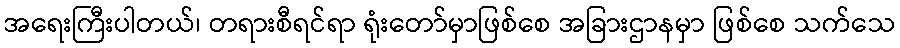
အရေးကြီးပါတယ်၊ တရားစီရင်ရာ ရုံးတော်မှာဖြစ်စေ အခြားဌာနမှာ ဖြစ်စေ သက်သေ